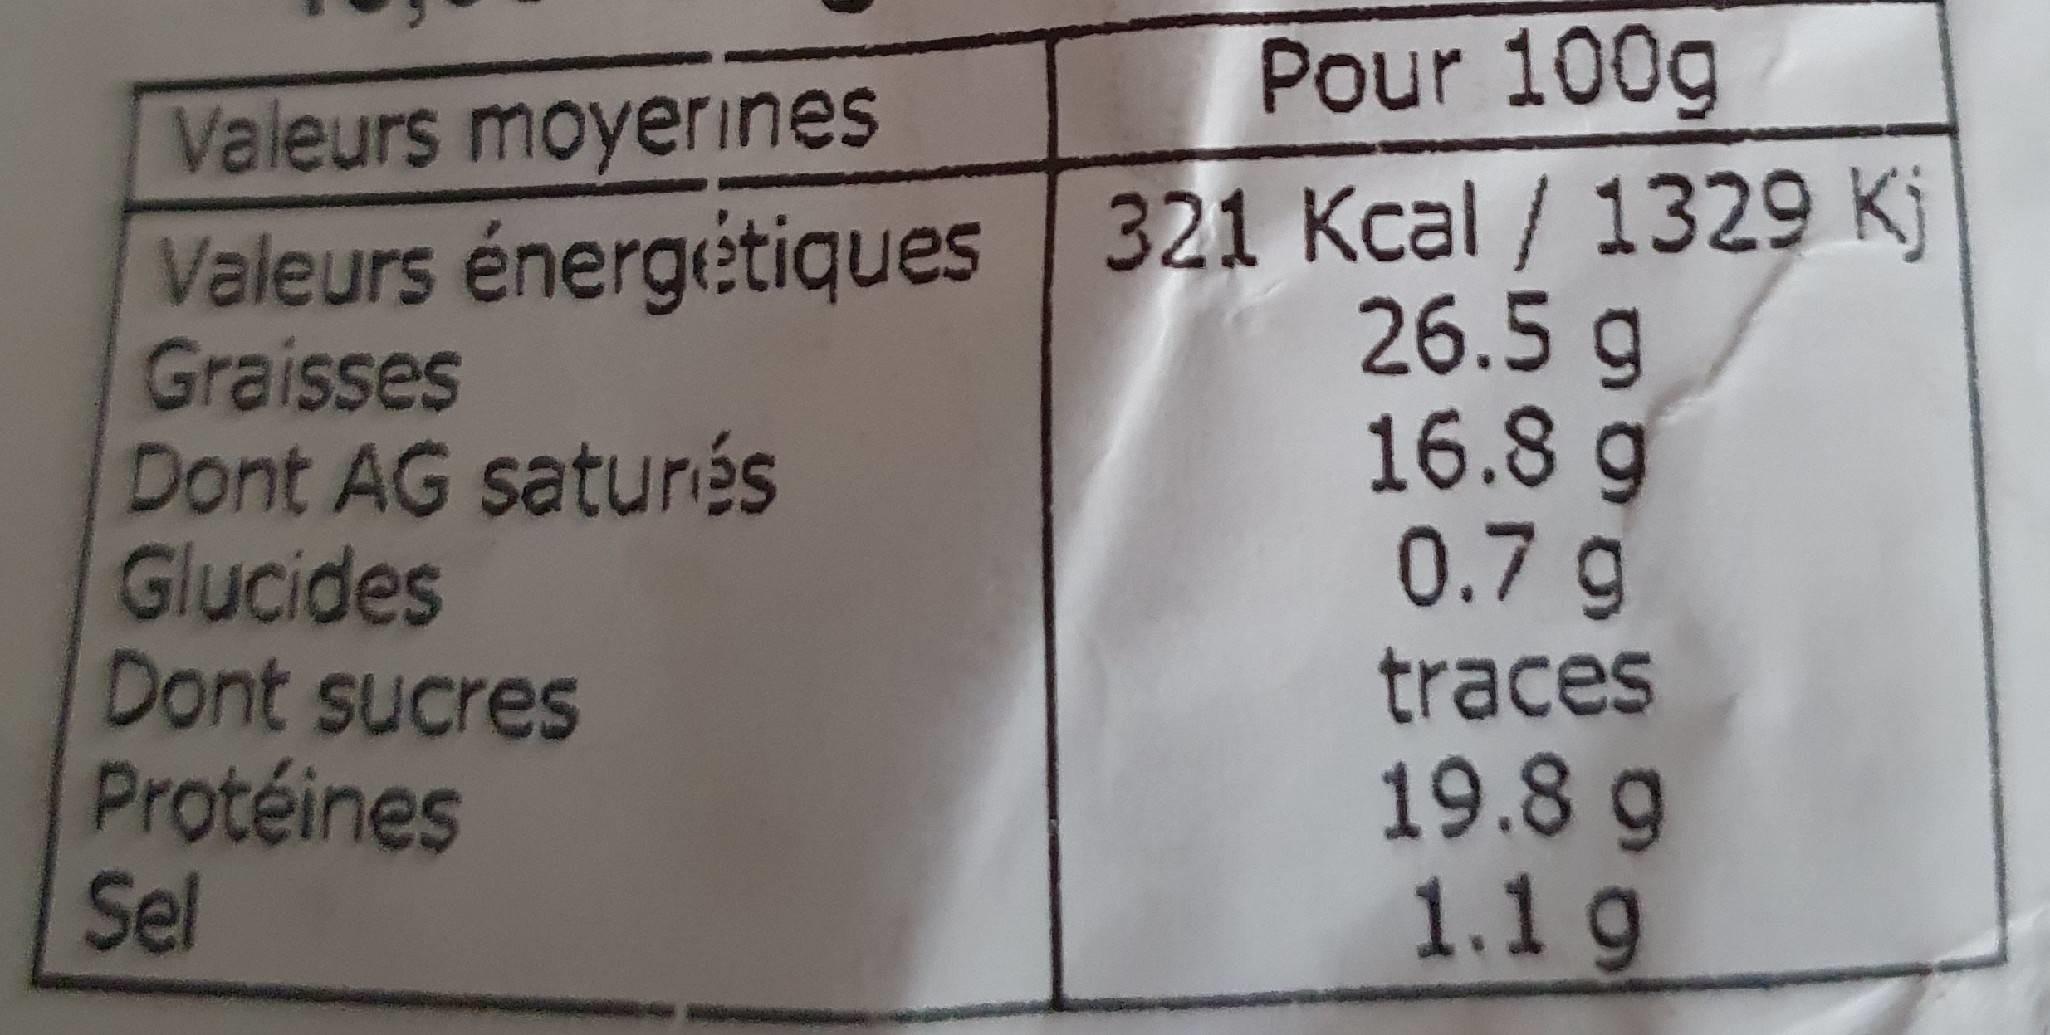
Pour 100g
Valeurs moyerines
Valeurs énergétiques 321 Kcal / 1329 Kj Graisses Dont AG saturés Glucides Dont sucres Protéines Sel
26.5 g 16.8 g 0.7 g
traces
19.8 g 1.1 g